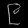
Digit: ၉